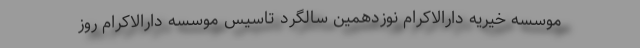
موسسه خیریه دارالاکرام نوزدهمین سالگرد تاسیس موسسه دارالاکرام روز